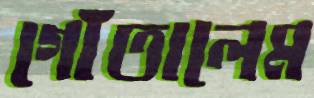
গোঁতালেম